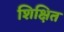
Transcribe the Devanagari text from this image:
शिक्षित